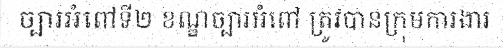
ច្បារអំពៅទី២ ខណ្ឌច្បារអំពៅ ត្រូវបានក្រុមការងារ